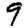
Digit: 9